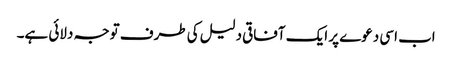
اب اسی دعوے پر ایک آفاقی دلیل کی طرف توجہ دلائی ہے۔